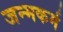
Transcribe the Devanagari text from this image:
जन्मकर्म